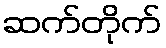
ဆက်တိုက်